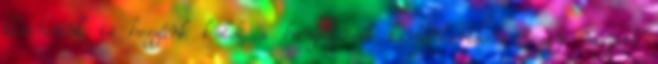
kliensünk is hozzánk küldi a hangszereit karbantartásra vagy nagyobb